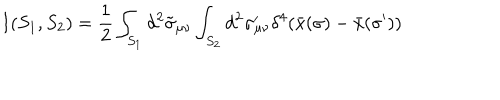
LaTeX: I ( S _ { 1 } , S _ { 2 } ) = \frac { 1 } { 2 } \int _ { S _ { 1 } } d ^ { 2 } \tilde { \sigma } _ { \mu \nu } \int _ { S _ { 2 } } d ^ { 2 } \sigma _ { \mu \nu } ^ { \prime } \delta ^ { 4 } ( \bar { x } ( \sigma ) - \bar { x } ( \sigma ^ { \prime } ) )